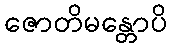
ဇောတိမန္တောပိ